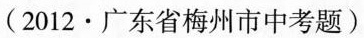
(2012·广东省梅州市中考题)